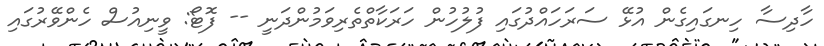
ހާދިސާ ހިނގައިގެން އުޅޭ ސަރަހައްދުގައި ފުލުހުން ހަރަކާތްތެރިވަމުންދަނީ -- ފޮޓޯ: ވީނިއުސް ހެންވޭރުގައި